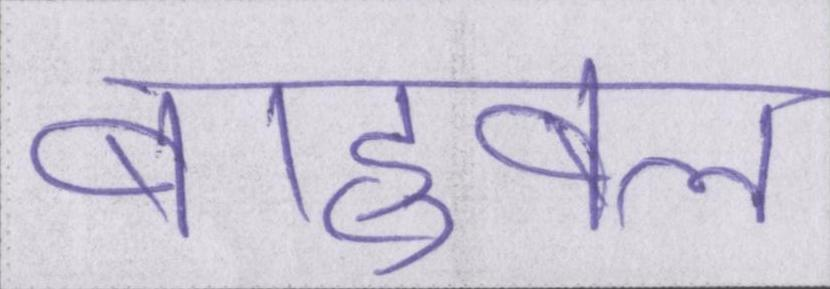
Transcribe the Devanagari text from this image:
बाहुबल